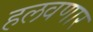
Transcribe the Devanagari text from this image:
हलवणार